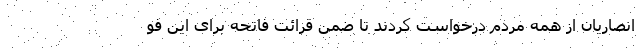
انصاریان از همه مردم درخواست کردند تا ضمن قرائت فاتحه برای این فو